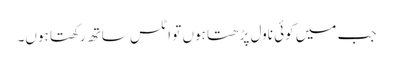
جب میں کوئی ناول پڑھتا ہوں تو اٹلس ساتھ رکھتا ہوں۔